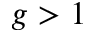
g > 1